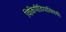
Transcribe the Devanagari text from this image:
विकिपीडियाविषयी